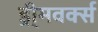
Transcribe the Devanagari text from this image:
ड्री्मवर्क्स